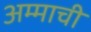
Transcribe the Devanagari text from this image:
अम्माची